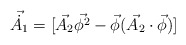
\begin{align*}\vec{\dot{A_{1}}}=[\vec{A_{2}}\vec{\phi^{2}}-\vec{\phi}(\vec{A_{2}}\cdot\vec{\phi})]\end{align*}